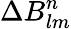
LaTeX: \Delta B_{lm}^{n}